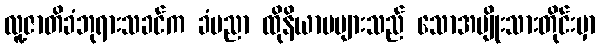
လူ့ဇာတိခံဘုရားသခင်က ခံပညာ ထိုနိယာမများသည် သောအမျိုးသားတိုင်းမှာ